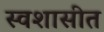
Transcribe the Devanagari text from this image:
स्वशासीत